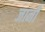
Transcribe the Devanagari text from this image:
जानीं